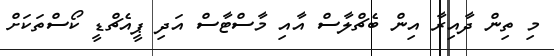
މި ތިން ދާއިރާ އިން ބެޗްލާސް އާއި މާސްޓާސް އަދި ޕީއެޗްޑީ ކޯސްތަކަށް